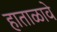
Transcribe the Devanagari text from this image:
हाताळावे